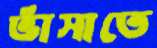
ভাঁসাতে